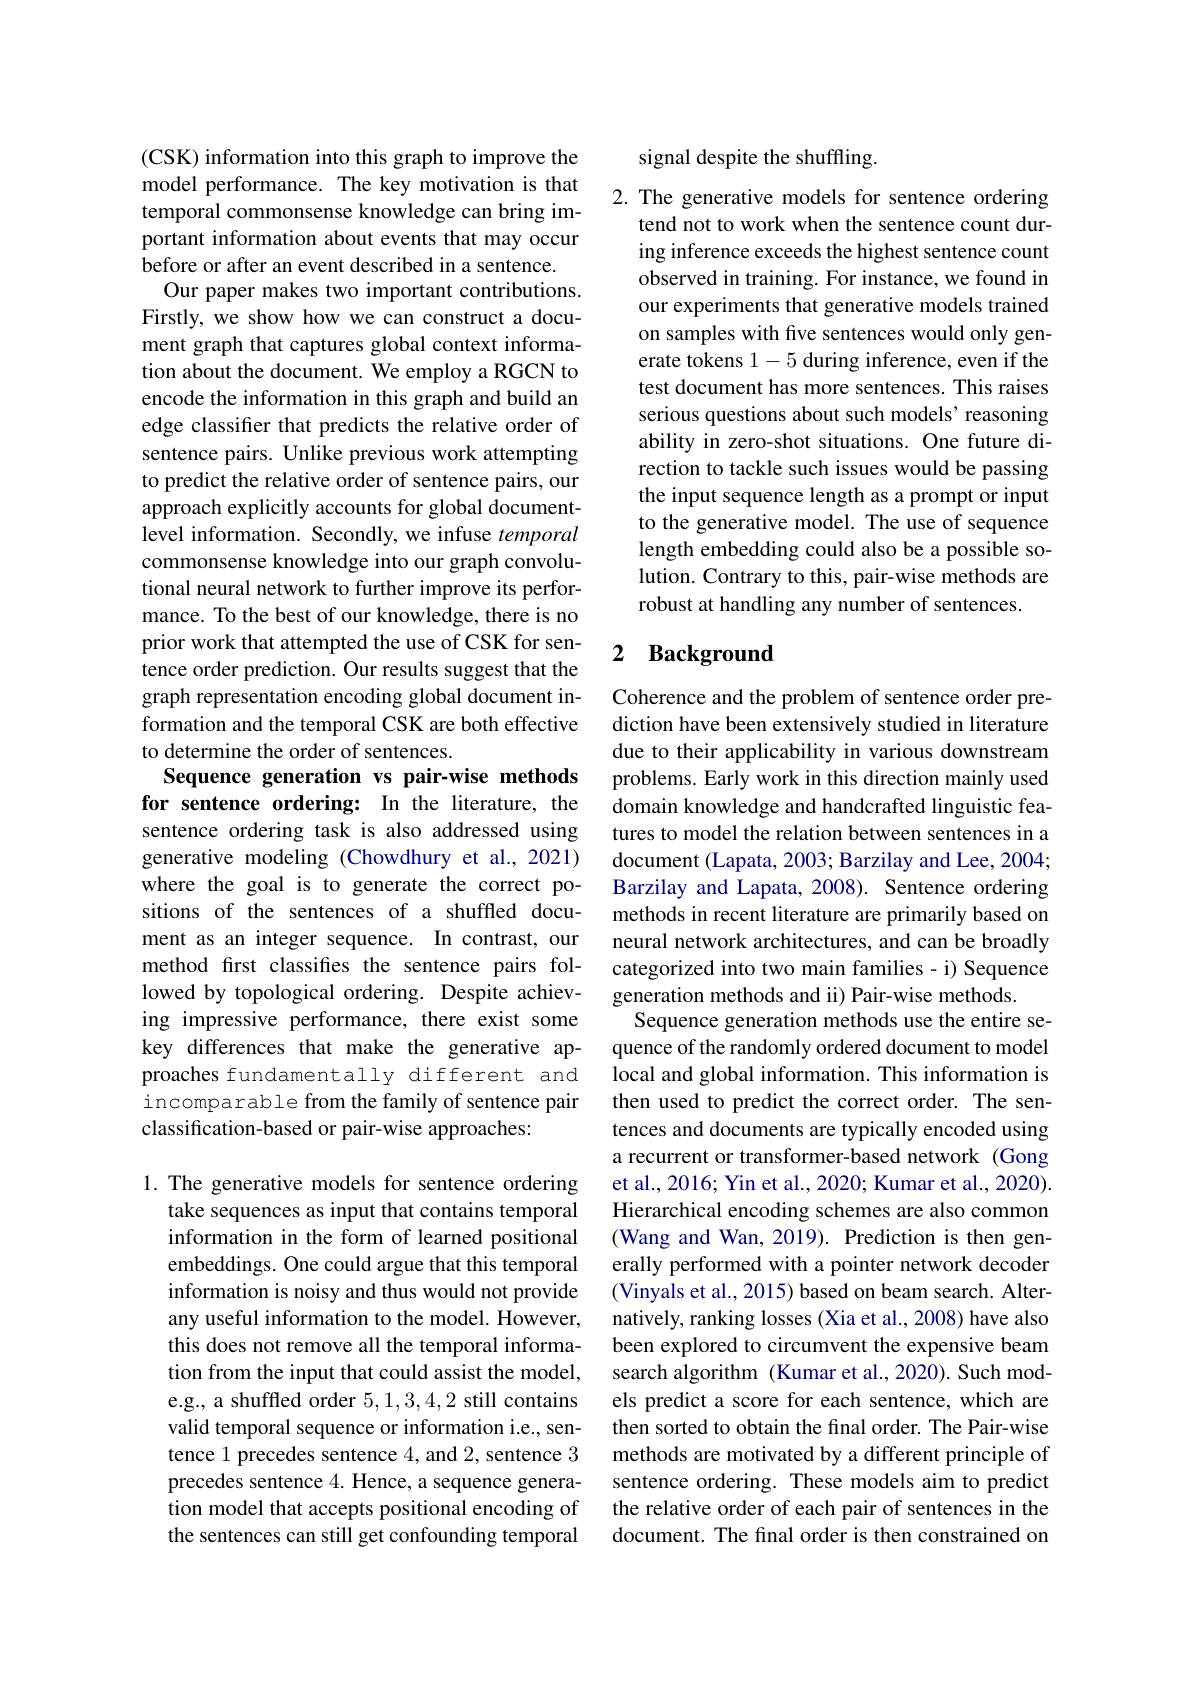
(CSK) information into this graph to improve the model performance. The key motivation is that temporal commonsense knowledge can bring important information about events that may occur before or after an event described in a sentence.
Our paper makes two important contributions. Firstly, we show how we can construct a document graph that captures global context information about the document. We employ a RGCN to encode the information in this graph and build an edge classifier that predicts the relative order of sentence pairs. Unlike previous work attempting to predict the relative order of sentence pairs, our approach explicitly accounts for global documentlevel information. Secondly, we infuse temporal commonsense knowledge into our graph convolutional neural network to further improve its performance. To the best of our knowledge, there is no prior work that attempted the use of CSK for sentence order prediction. Our results suggest that the graph representation encoding global document information and the temporal CSK are both effective to determine the order of sentences.
Sequence generation vs pair-wise methods for sentence ordering: In the literature, the sentence ordering task is also addressed using generative modeling (Chowdhury et al.,2021) where the goal is to generate the correct positions of the sentences of a shuffled document as an integer sequence. In contrast, our method first classifies the sentence pairs followed by topological ordering. Despite achieving impressive performance, there exist some key differences that make the generative approaches fundamentally different and incomparable from the family of sentence pair classification-based or pair-wise approaches:
1. The generative models for sentence ordering

take sequences as input that contains temporal information in the form of learned positional embeddings. One could argue that this temporal information is noisy and thus would not provide any useful information to the model. However, this does not remove all the temporal information from the input that could assist the model, e.g., a shuffled order 5,1,3,4,2 still contains valid temporal sequence or information i.e., sentence 1 precedes sentence 4, and 2, sentence 3 precedes sentence 4. Hence, a sequence generation model that accepts positional encoding of the sentences can still get confounding temporal

signal despite the shuffling.

2. The generative models for sentence ordering
tend not to work when the sentence count during inference exceeds the highest sentence count observed in training. For instance, we found in our experiments that generative models trained on samples with five sentences would only generate tokens 1-5 during inference, even if the test document has more sentences. This raises serious questions about such models' reasoning ability in zero-shot situations. One future direction to tackle such issues would be passing the input sequence length as a prompt or input to the generative model. The use of sequence length embedding could also be a possible solution. Contrary to this, pair-wise methods are robust at handling any number of sentences.

# 2 Background

Coherence and the problem of sentence order prediction have been extensively studied in literature due to their applicability in various downstream problems. Early work in this direction mainly used domain knowledge and handcrafted linguistic features to model the relation between sentences in a document (Lapata, 2003; Barzilay and Lee, 2004; Barzilay and Lapata, 2008). Sentence ordering methods in recent literature are primarily based on neural network architectures, and can be broadly categorized into two main families - i) Sequence generation methods and ii) Pair-wise methods.
Sequence generation methods use the entire sequence of the randomly ordered document to model local and global information. This information is then used to predict the correct order. The sentences and documents are typically encoded using a recurrent or transformer-based network (Gong et al., 2016; Yin et al., 2020; Kumar et al., 2020). Hierarchical encoding schemes are also common (Wang and Wan, 2019). Prediction is then generally performed with a pointer network decoder (Vinyals et al., 2015) based on beam search. Alternatively, ranking losses (Xia et al., 2008) have also been explored to circumvent the expensive beam search algorithm (Kumar et al.,2020). Such models predict a score for each sentence, which are then sorted to obtain the final order. The Pair-wise methods are motivated by a different principle of sentence ordering. These models aim to predict the relative order of each pair of sentences in the document. The final order is then constrained on